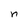
Character: n